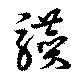
讃